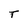
Character: T